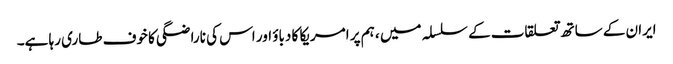
ایران کے ساتھ تعلقات کے سلسلہ میں ، ہم پر امریکا کا دباؤ اور اس کی ناراضگی کا خوف طاری رہا ہے۔